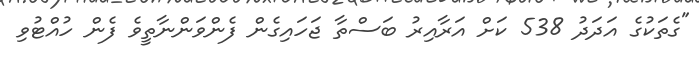
"ގެތަކުގެ އަދަދު 538 ކަށް އަރާއިރު ބަސްތާ ޖަހައިގެން ފެންވަންނާތީވެ ފެން ހުއްޓުވި